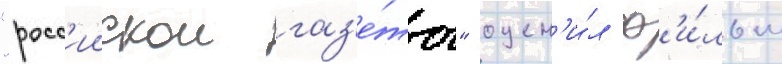
"росс'иискои газ'е́ты" оцен'и́л ф'и́льм